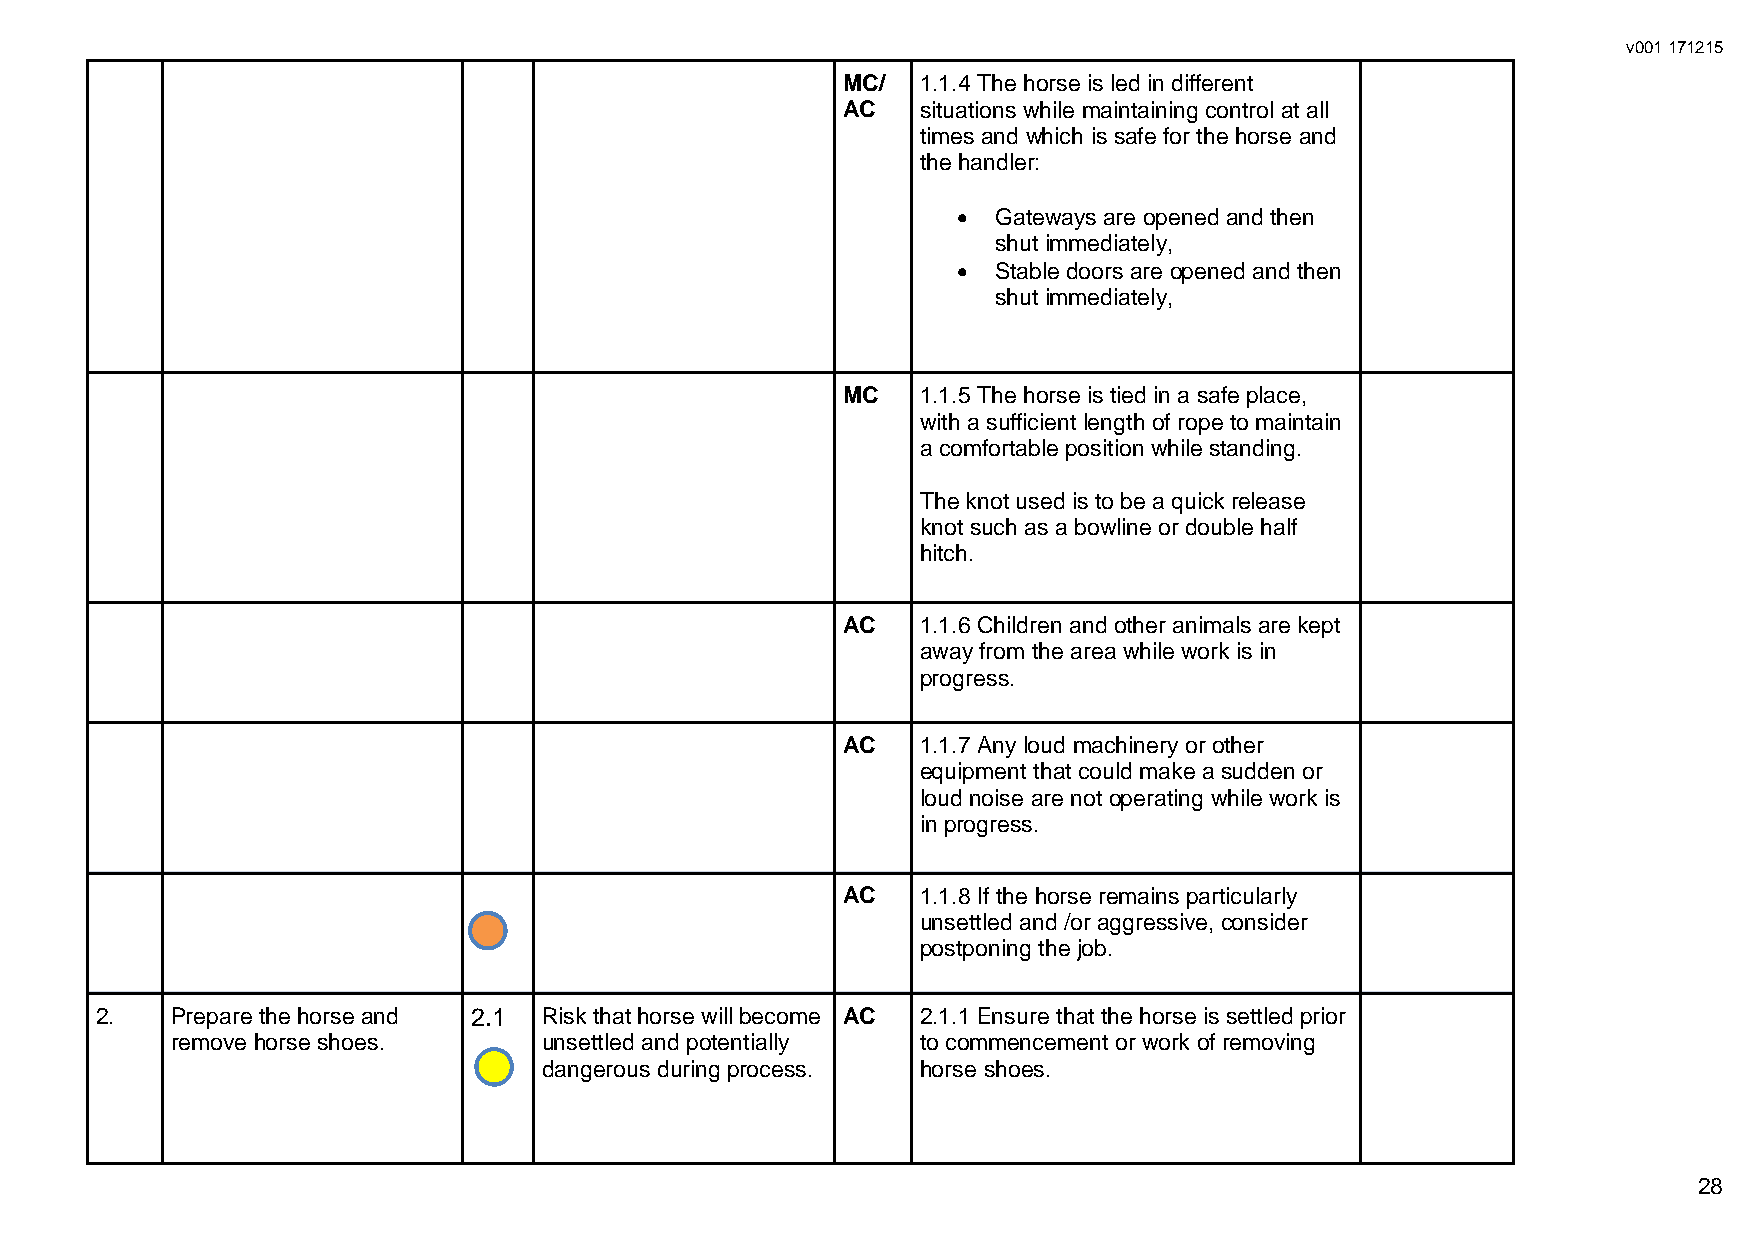
v001 171215
 MC/  1.1.4 The horse is led in different
 AC   situations while maintaining control at all
 times and which is safe for the horse and
 the handler:
   Gateways are opened and then
 shut immediately,
   Stable doors are opened and then
 shut immediately,
 MC   1.1.5 The horse is tied in a safe place,
 with a sufficient length of rope to maintain
 a comfortable position while standing.
 The knot used is to be a quick release
 knot such as a bowline or double half
 hitch.
 AC   1.1.6 Children and other animals are kept
 away from the area while work is in
 progress.
 AC   1.1.7 Any loud machinery or other
 equipment that could make a sudden or
 loud noise are not operating while work is
 in progress.
 AC   1.1.8 If the horse remains particularly
 unsettled and /or aggressive, consider
 postponing the job.
 2.   Prepare the horse and 2.1 Risk that horse will become AC 2.1.1 Ensure that the horse is settled prior
 remove horse shoes.      unsettled and potentially to commencement or work of removing
 dangerous during process. horse shoes.
 28